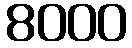
8000